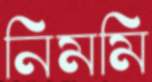
নিমমি